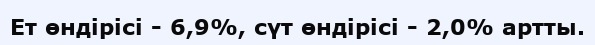
Ет өндірісі - 6,9%, сүт өндірісі - 2,0% артты.